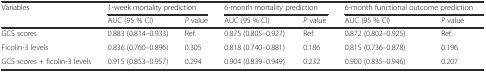
<table><thead><tr><td rowspan="2"><b>Variables</b></td><td colspan="2"><b>1-week mortality prediction</b></td><td colspan="2"><b>6-month mortality prediction</b></td><td colspan="2"><b>6-month functional outcome prediction</b></td></tr><tr><td><b>AUC (95 % CI)</b></td><td><b><i>P</i> value</b></td><td><b>AUC (95 % CI)</b></td><td><b><i>P</i> value</b></td><td><b>AUC (95 % CI)</b></td><td><b><i>P</i> value</b></td></tr></thead><tbody><tr><td>GCS scores</td><td>0.883 (0.814–0.933)</td><td>Ref.</td><td>0.875 (0.805–0.927)</td><td>Ref.</td><td>0.872 (0.802–0.925)</td><td>Ref.</td></tr><tr><td>Ficolin-3 levels</td><td>0.836 (0.760–0.896)</td><td>0.305</td><td>0.818 (0.740–0.881)</td><td>0.186</td><td>0.815 (0.736–0.878)</td><td>0.196</td></tr><tr><td>GCS scores + ficolin-3 levels</td><td>0.915 (0.853–0.957)</td><td>0.294</td><td>0.904 (0.839–0.949)</td><td>0.232</td><td>0.900 (0.835–0.946)</td><td>0.207</td></tr></tbody></table>